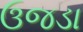
ઉજડા